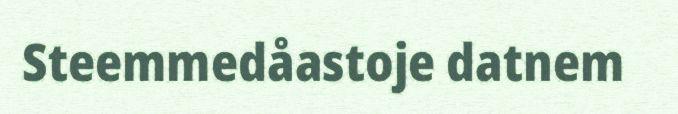
Steemmedåastoje datnem